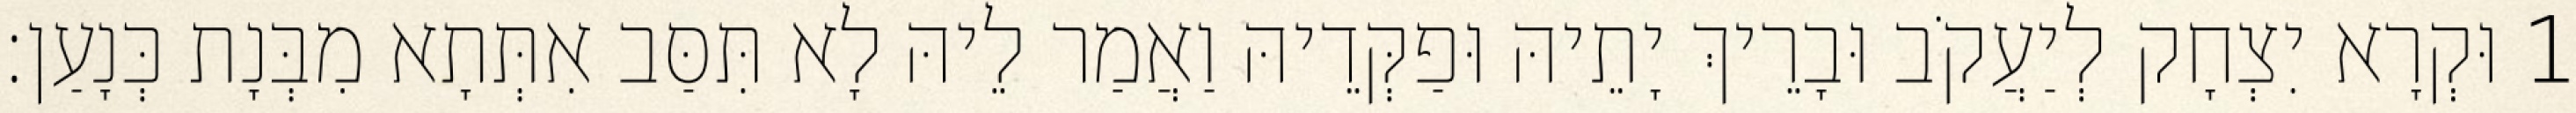
1 וּקְרָא יִצְחָק לְיַעֲקֹב וּבָרֵיךְ יָתֵיהּ וּפַקְּדֵיהּ וַאֲמַר לֵיהּ לָא תִּסַּב אִתְּתָא מִבְּנָת כְּנָעַן׃